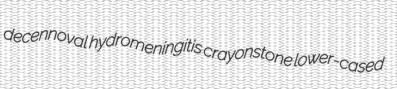
decennoval hydromeningitis crayonstone lower-cased